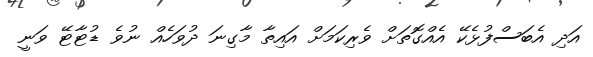
އަދި އެބަސްފުޅެކޭ އެއްގޮތަށް ވެރިކަމަށް އައިތާ މާގިނަ ދުވަހެއް ނުވެ ޑުޓާޓޭ ވަނީ